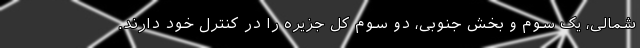
شمالی، یک سوم و بخش جنوبی، دو سوم کل جزیره را در کنترل خود دارند.